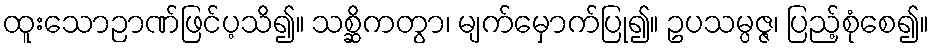
ထူးသောဉာဏ်ဖြင်ပ့သိ၍။ သစ္ဆိကတွာ၊ မျက်မှောက်ပြု၍။ ဥပသမ္ပဇ္ဇ၊ ပြည့်စုံစေ၍။